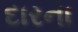
દારના